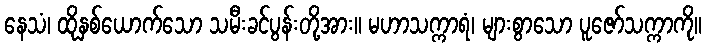
နေသံ၊ ထိုနှစ်ယောက်သော သမီးခင်ပွန်းတို့အား။ မဟာသက္ကာရံ၊ များစွာသော ပူဇော်သက္ကာကို။